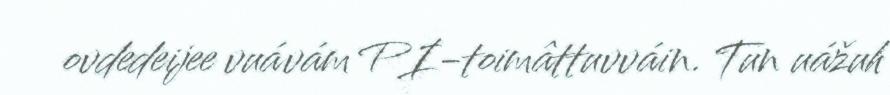
ovdedeijee vuávám PI-toimâttuvváin. Tun uážuh